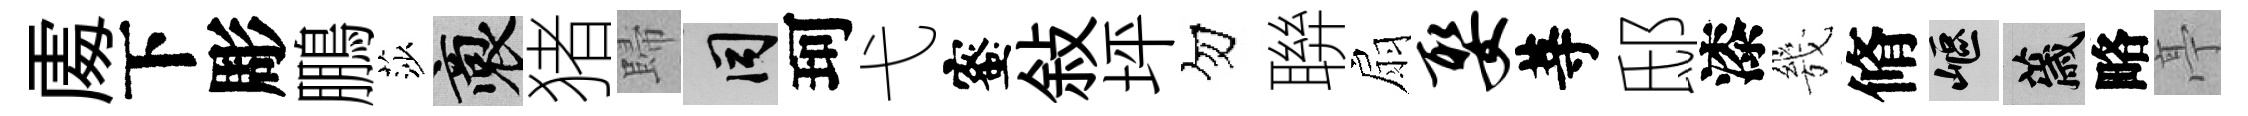
𠁅下彫鵬莎裔猪歸间珂弋蜜敍坪勿聨扇娶䓁邸漆㡬脩嶇薉略亭